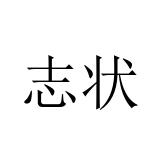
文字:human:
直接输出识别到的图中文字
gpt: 志状